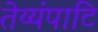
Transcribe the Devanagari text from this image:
तेय्यंपाटि